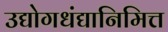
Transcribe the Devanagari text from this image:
उद्योगधंद्यानिमित्त